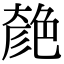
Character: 𦫞